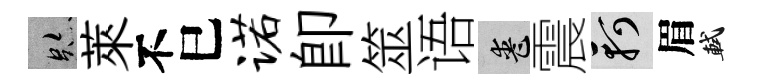
跡萊不巳诺卽筮语喪震軻眉軾